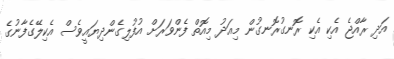
އަދި ރާއްޖެ އެކި އެކި ރޮނގުރޮނގުން މިއަދު މިއޮތް ފެންވަރަށް އުފުލިގެންދިޔައީވެސް އެކިލޭގެފާނުގެ